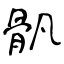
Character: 骪